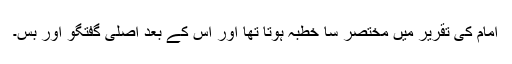
امام کی تقریر میں مختصر سا خطبہ ہوتا تھا اور اس کے بعد اصلی گفتگو اور بس۔